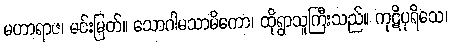
မဟာရာဇ၊ မင်းမြတ်။ သောဂါမသာမိကော၊ ထိုရွာသူကြီးသည်။ ကုဋိပုရိသေ၊